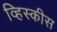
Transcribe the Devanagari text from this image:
व्हिस्कीस